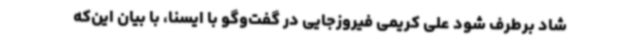
شاد برطرف شود علی کریمی فیروزجایی در گفت‌وگو با ایسنا، با بیان این‌که